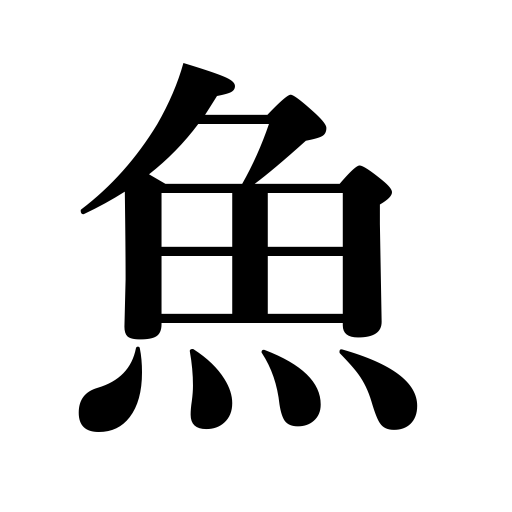
Meanings: fish